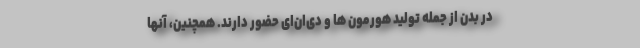
در بدن از جمله تولید هورمون ها و دی‌ان‌ای حضور دارند. همچنین، آنها